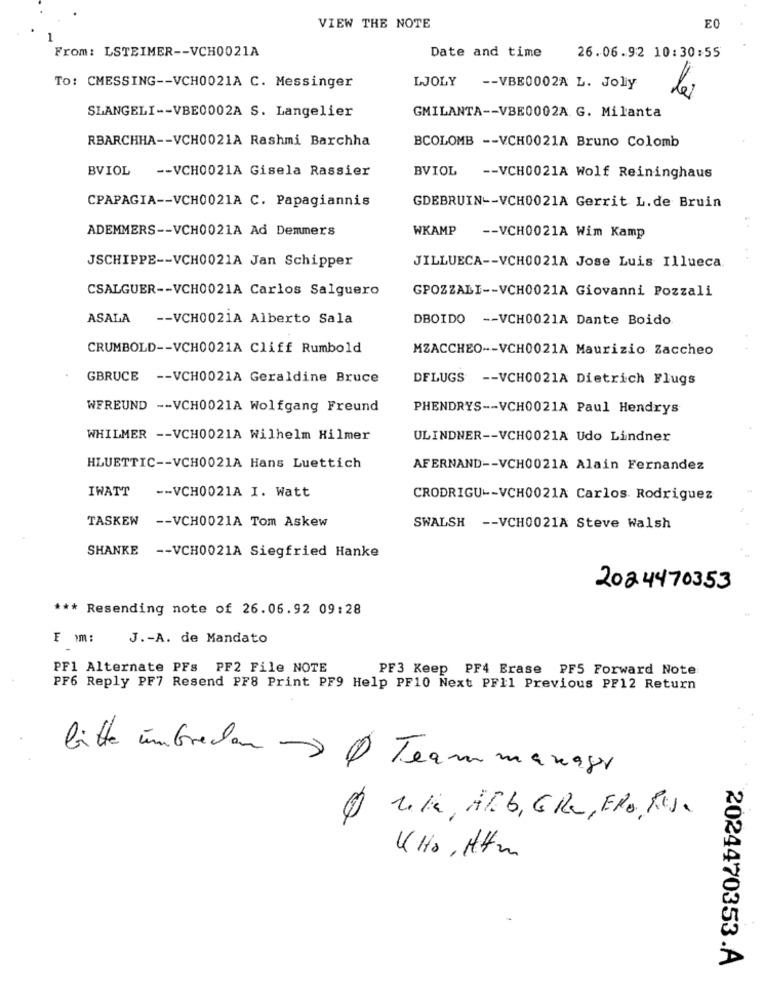
VIEW THE NOTE
E0
From: LSTEIMER -- VCH0021A
Date and time
26.06.92 10:30:55
To: CMESSING -- VCH0021A C. Messinger
LJOLY -- VBE0002A L. Joly
le
GMILANTA -- VBE0002A G. Milanta
SLANGELI -- VBE0002A S. Langelier
RBARCHHA -- VCH0021A Rashmi Barchha
BCOLOMB -- VCH0021A Bruno Colomb
BVIOL -- VCH0021A Gisela Rassier
BVIOL -- VCH0021A Wolf Reininghaus
CPAPAGIA -- VCH0021A C. Papagiannis
GDEBRUIN -- VCH0021A Gerrit L.de Bruin
ADEMMERS -- VCH0021A Ad Demmers
WKAMP -- VCH0021A Wim Kamp
JSCHIPPE -- VCH0021A Jan Schipper
JILLUECA -- VCH0021A Jose Luis Illueca
CSALGUER -- VCH0021A Carlos Salguero
GPOZZALI -- VCH0021A Giovanni Pozzali
ASALA -- VCH0021A Alberto Sala
DBOIDO -- VCH0021A Dante Boido
CRUMBOLD -- VCH0021A Cliff Rumbold
MZACCHEO -- VCH0021A Maurizio Zaccheo
GBRUCE -- VCH0021A Geraldine Bruce
DFLUGS -- VCH0021A Dietrich Flugs
WFREUND -- VCH0021A Wolfgang Freund
PHENDRYS -- VCH0021A Paul Hendrys
WHILMER -- VCH0021A Wilhelm Hilmer
ULINDNER -- VCH0021A Udo Lindner
HLUETTIC -- VCH0021A Hans Luettich
AFERNAND -- VCH0021A Alain Fernandez
IWATT
-- VCH0021A I. Watt
CRODRIGU -- VCH0021A Carlos Rodriguez
TASKEW -- VCH0021A Tom Askew
SWALSH -- VCH0021A Steve Walsh
SHANKE -- VCH0021A Siegfried Hanke
2024470353
*** Resending note of 26.06.92 09:28
F mm:
J .- A. de Mandato
PF1 Alternate PFs PF2 File NOTE
PF3 Keep PF4 Erase PF5 Forward Note:
PF6 Reply PF7 Resend PF8 Print PF9 Help PF10 Next PF11 Previous PF12 Return
bitte umbreden » Team manager
0 1/2, HMb, GRO, ERO, Resa
KHo, H.Htm
2024470353.A